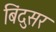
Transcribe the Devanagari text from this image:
बिंदुसर